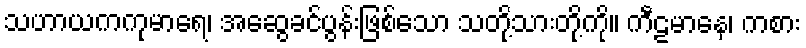
သဟာယကကုမာရေ၊ အဆွေခင်ပွန်းဖြစ်သော သတို့သားတို့ကို။ ကီဠမာနေ၊ ကစား